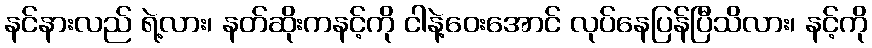
နင်နားလည် ရဲ့လား၊ နတ်ဆိုးကနင့်ကို ငါနဲ့ဝေးအောင် လုပ်နေပြန်ပြီသိလား၊ နင့်ကို